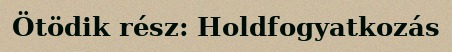
Ötödik rész: Holdfogyatkozás